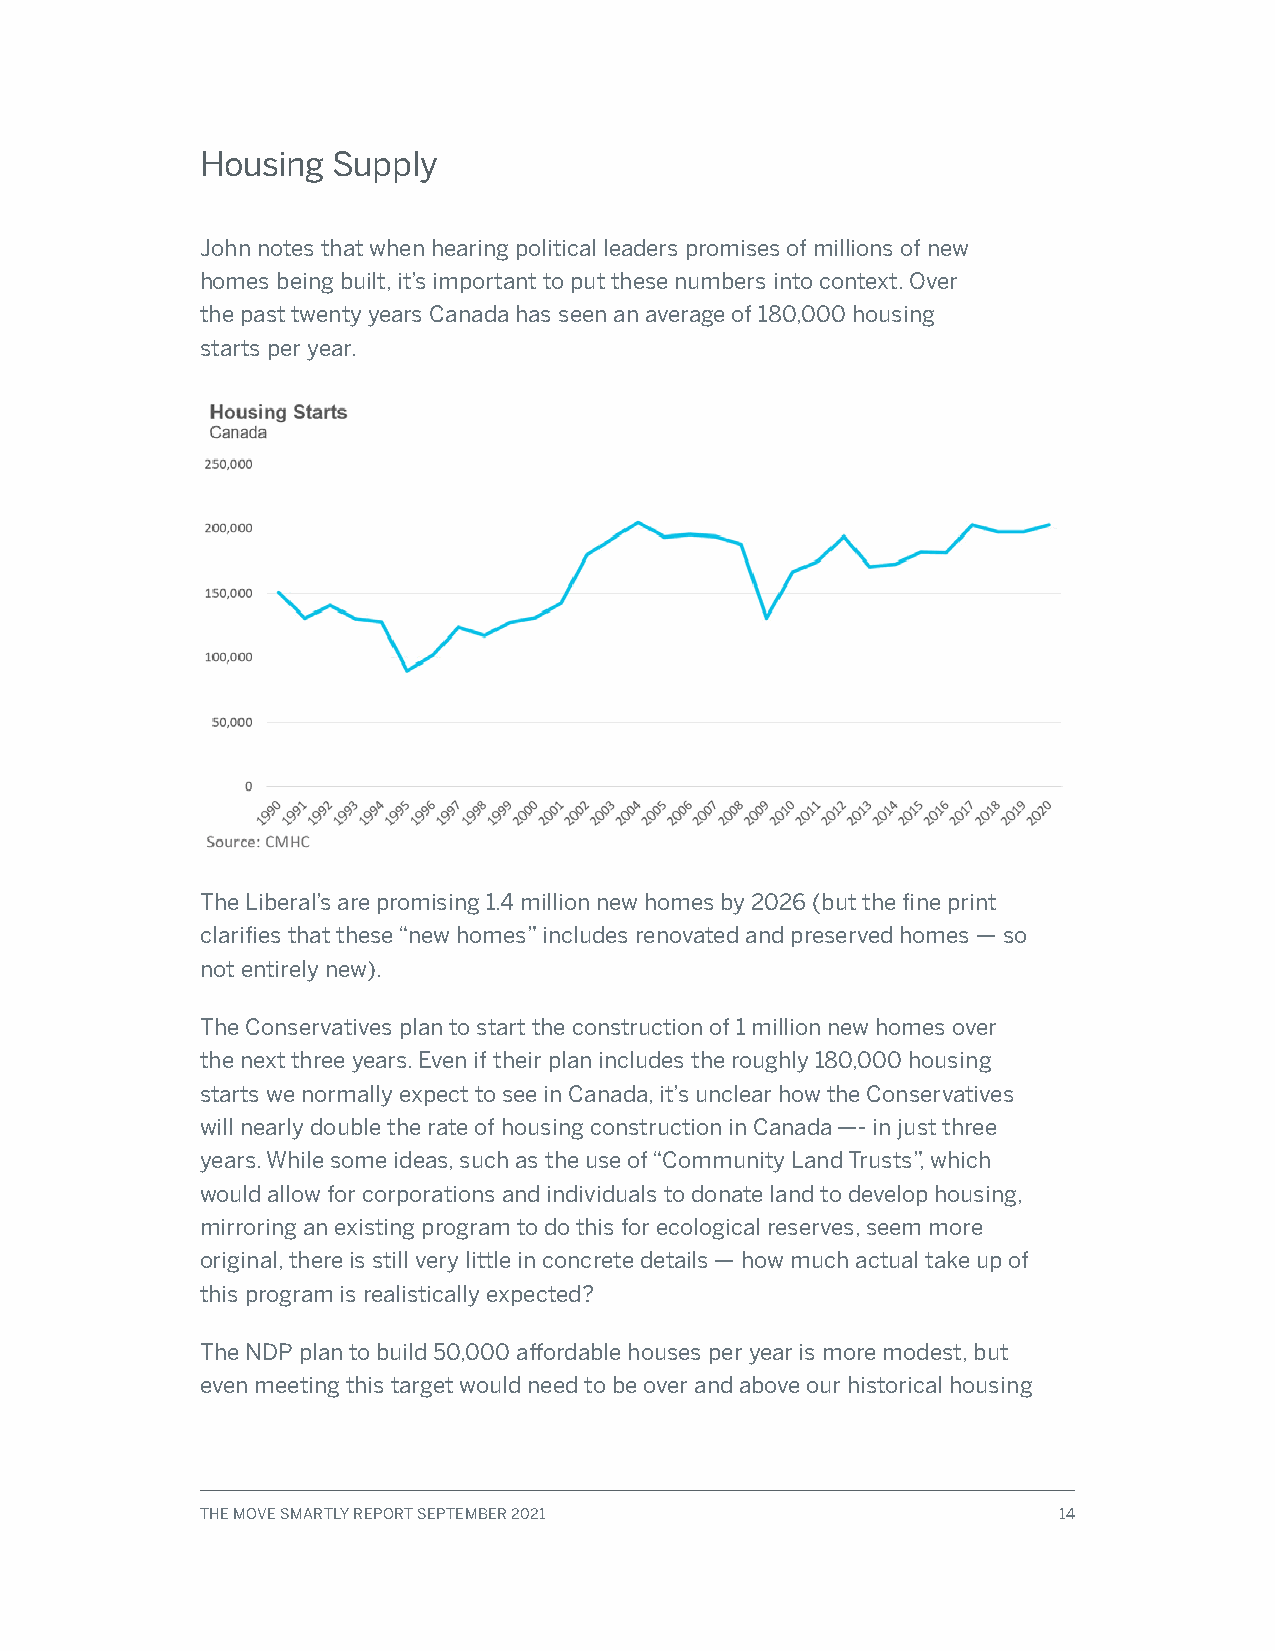
Housing  Supply
 John notes that when hearing political leaders promises of millions of new
 homes being built, it’s important to put these numbers into context. Over
 the past twenty years Canada has seen an average of 180,000 housing
 starts per year.
 The Liberal’s are promising 1.4 million new homes by 2026 (but the fine print
 clarifies that these “new homes” includes renovated and preserved homes — so
 not entirely new).
 The Conservatives plan to start the construction of 1 million new homes over
 the next three years. Even if their plan includes the roughly 180,000 housing
 starts we normally expect to see in Canada, it’s unclear how the Conservatives
 will nearly double the rate of housing construction in Canada —- in just three
 years. While some ideas, such as the use of “Community Land Trusts”, which
 would allow for corporations and individuals to donate land to develop housing,
 mirroring an existing program to do this for ecological reserves, seem more
 original, there is still very little in concrete details — how much actual take up of
 this program is realistically expected?
 The NDP plan to build 50,000 affordable houses per year is more modest, but
 even meeting this target would need to be over and above our historical housing
 THE MOVE SMARTLY REPORT SEPTEMBER 2021                   14